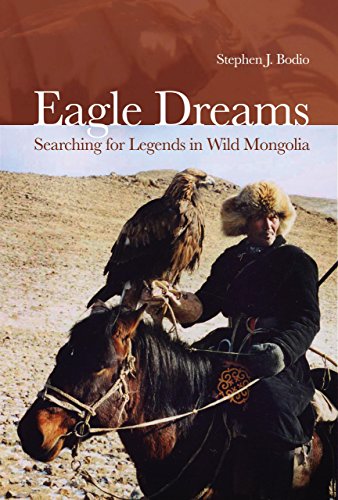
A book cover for Eagle Dreams: Searching for Legends in Wild Mongolia; Stephen J. Bodio; Travel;